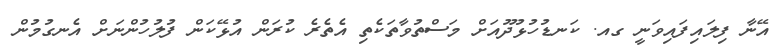
އޭނާ ފިލައިފައިވަނީ ގއ. ކަނޑުހުޅުދޫއަށް މަސްތުވާތަކެތި އެތެރެ ކުރަން އުޅޭކަން ފުލުހުންނަށް އެނގުމުން